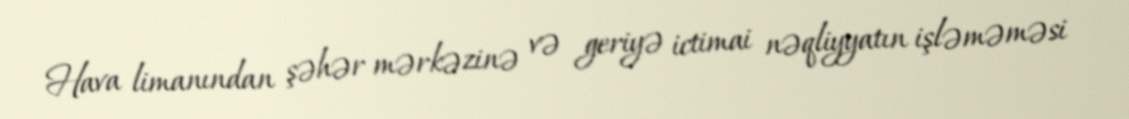
Hava limanından şəhər mərkəzinə və geriyə ictimai nəqliyyatın işləməməsi